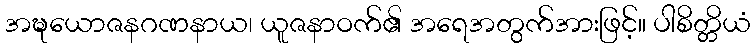
အဍ္ဎယောဇနဂဏနာယ၊ ယူဇနာဝက်၏ အရေအတွက်အားဖြင့်။ ပါစိတ္တိယံ